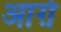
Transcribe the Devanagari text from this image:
आग़े